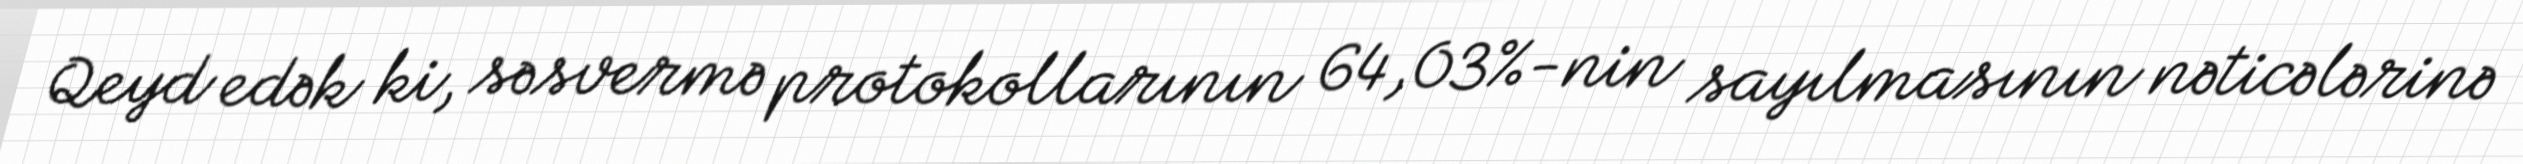
Qeyd edək ki, səsvermə protokollarının 64,03%-nin sayılmasının nəticələrinə